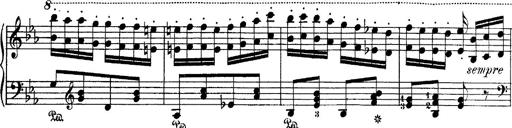
Title: Hungarian Rhapsody No.4
Composer: Franz Liszt
Key: E-flat major